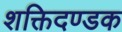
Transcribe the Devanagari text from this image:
शक्तिदण्डक